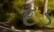
દડ